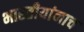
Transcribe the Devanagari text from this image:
भारतीयांनाच